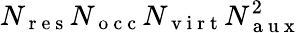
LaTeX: N_{\mathrm{~r~e~s~}}N_{\mathrm{~o~c~c~}}N_{\mathrm{~v~i~r~t~}}N_{\mathrm{~a~u~x~}}^{2}